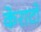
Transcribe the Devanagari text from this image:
केराटो